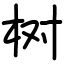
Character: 树